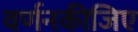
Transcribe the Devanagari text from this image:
वर्णनकीजिए